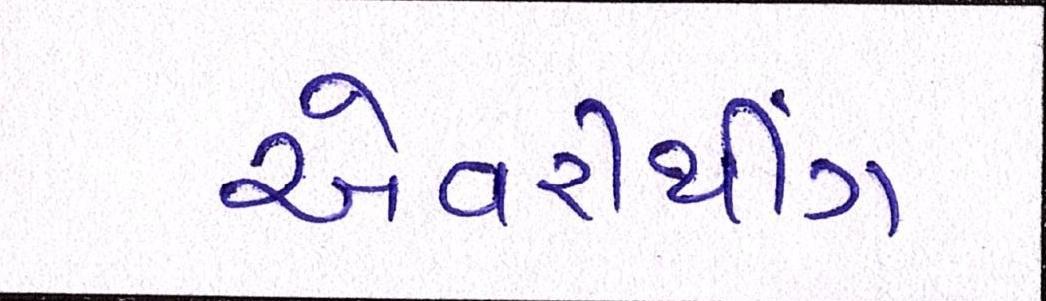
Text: એવરીથીંગ